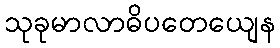
သုခုမာလာဓိပတေယျေန